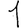
Digit: 1